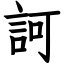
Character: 訶